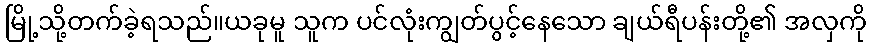
မြို့သို့တက်ခဲ့ရသည်။ယခုမူ သူက ပင်လုံးကျွတ်ပွင့်နေသော ချယ်ရီပန်းတို့၏ အလှကို